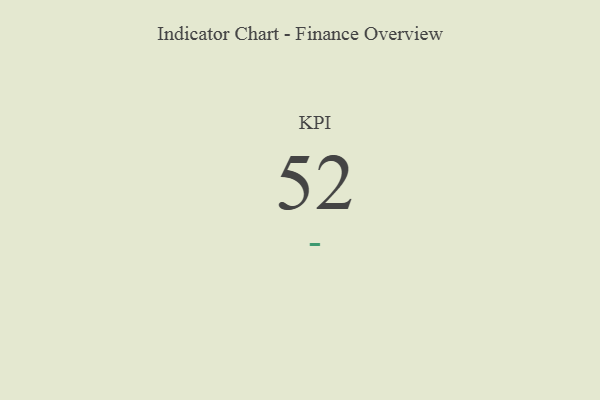
{"axis": {"x": "KPI", "y": "Value"}, "legend": [""], "data": [{"x": "KPI", "y": 52, "type": ""}]}